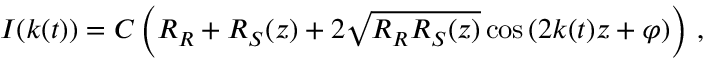
I ( k ( t ) ) = C \left( R _ { R } + R _ { S } ( z ) + 2 \sqrt { R _ { R } R _ { S } ( z ) } \cos \left( 2 k ( t ) z + \varphi \right) \right) \, ,